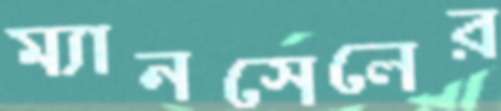
ম্যানসেলের